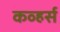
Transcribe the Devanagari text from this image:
कव्हर्स